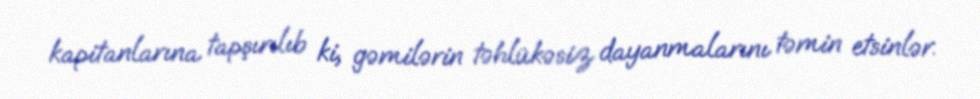
kapitanlarına tapşırılıb ki, gəmilərin təhlükəsiz dayanmalarını təmin etsinlər.